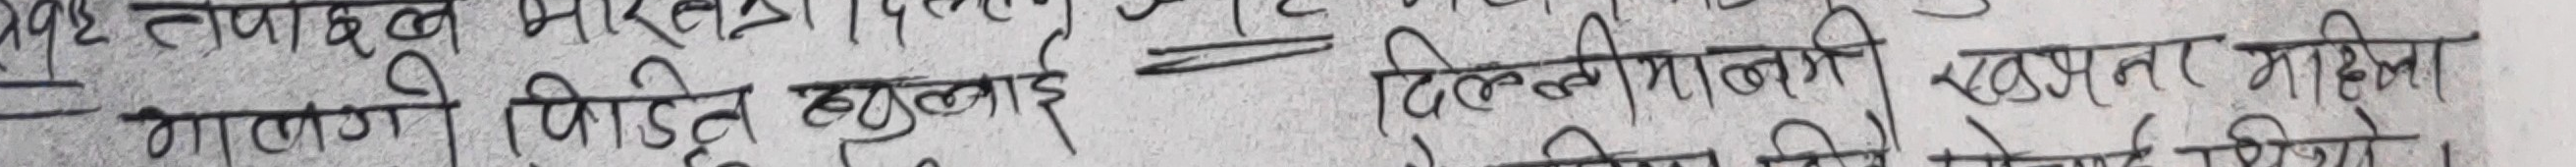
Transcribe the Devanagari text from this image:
तह तथा दलभारित स्थितिमा
= गणनाको विविधिताहरुलाई = दिल्लीमाथी खड्गनर सिंहको